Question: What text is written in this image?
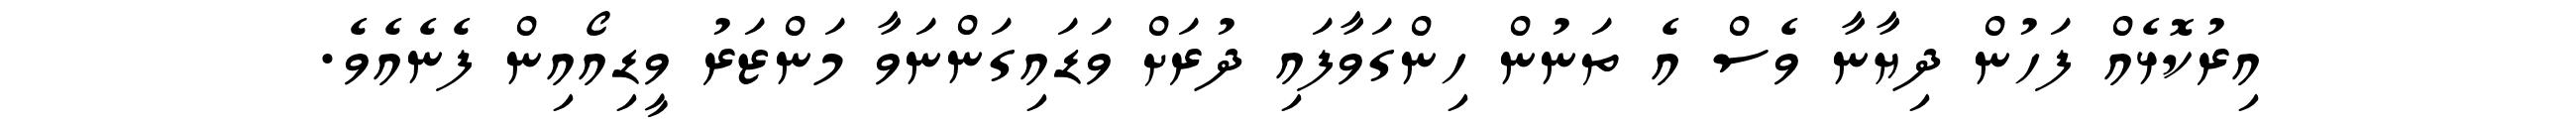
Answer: އިރުކޮޅެއް ފަހުން ދިޔާނާ ވެސް އެ ތަނުން ހިންގަވާފައި ދުރަށް ވަޑައިގަންނަވާ މަންޒަރު ވީޑިއޯއިން ފެނެއެވެ.